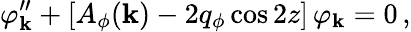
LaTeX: \varphi_{\mathbf{k}}^{\prime\prime}+[A_{\phi}(\mathbf{k})-2q_{\phi}\cos2z]\, \varphi_{\mathbf{k}}=0\, ,